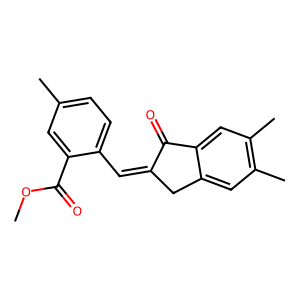
SMILES: COC(=O)c1cc(C)ccc1C=C1Cc2cc(C)c(C)cc2C1=O
Inhibits HIV replication: No